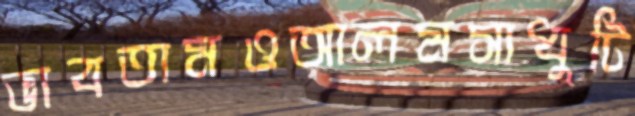
ভাবতামওআলমসাধুটি